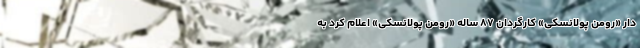
دار «رومن پولانسکی» کارگردان ۸۷ ساله «رومن پولانسکی» اعلام کرد به